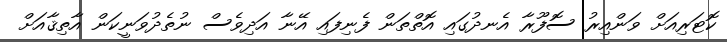
ކޮޓަރިއަށް ވަންއިރު ސޮފޫރާ އެނދުގައި އޮތްތަން ފެނިފައި އޭނާ އަދިވެސް ނުތެދުވަނީކަން އާތިޤާއަށް